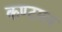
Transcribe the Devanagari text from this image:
कण्टमय